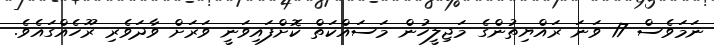
ނަމަވެސް 17 ވަނަ ރައްޔިތުންގެ މަޖިލީހުން މަސައްކަތް ކޮށްފައިވަނީ ވަރަށް ވާދަވެރި ރޫހެއްގައެވެ.